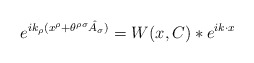
\begin{align*} e^{i k_{\rho} (x^{\rho} + \theta^{\rho \sigma} \hat{A}_{\sigma})} = W(x,C) \ast e^{i k \cdot x}\end{align*}